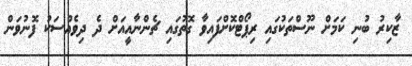
ޒާކިރު ބުނި ކަމަށް ނޫސްތަކުގައި ރިޕޯޓްކޮށްފައިވާ ގޮތުގައި ޗެންނާއީއަށް ދެ ދިވެއްސަކު ފޮނުވަން